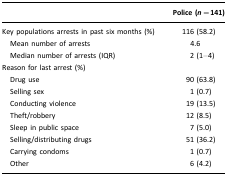
|  | Police (n=141) |
 | --- | --- |
 | Key populations arrests in past six months (%) | 116 (58.2) |
 | Mean number of arrests | 4.6 |
 | Median number of arrests (IQR) | 2 (1–4) |
 | Reason for last arrest (%) |  |
 | Drug use | 90 (63.8) |
 | Selling sex | 1 (0.7) |
 | Conducting violence | 19 (13.5) |
 | Theft/robbery | 12 (8.5) |
 | Sleep in public space | 7 (5.0) |
 | Selling/distributing drugs | 51 (36.2) |
 | Carrying condoms | 1 (0.7) |
 | Other | 6 (4.2) |